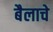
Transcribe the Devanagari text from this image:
बैलाचे